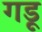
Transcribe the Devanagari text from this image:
गडू